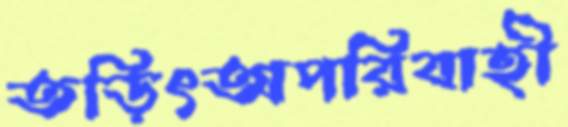
তড়িৎঅপরিবাহী